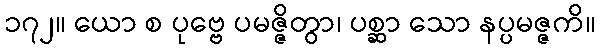
၁၇၂။ ယော စ ပုဗ္ဗေ ပမဇ္ဇိတွာ၊ ပစ္ဆာ သော နပ္ပမဇ္ဇကိ။